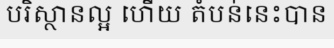
បរិស្ថានល្អ ហើយ តំបន់នេះបាន